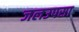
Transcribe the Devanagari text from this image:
जलउपसा